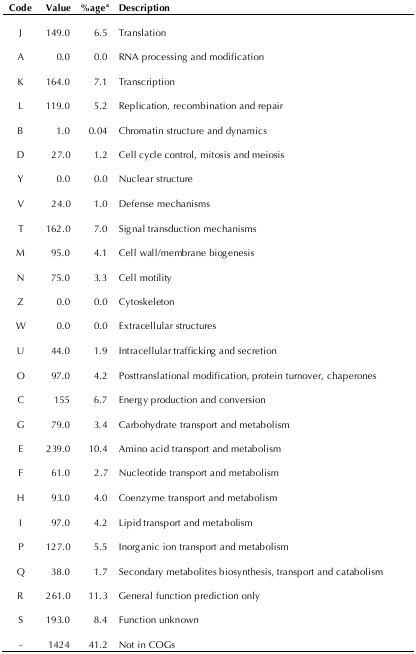
<table><thead><tr><td><b>Code</b></td><td><b>Value</b></td><td><b>%age<sup>a</sup></b></td><td><b>Description</b></td></tr></thead><tbody><tr><td>J</td><td>149.0</td><td>6.5</td><td>Translation</td></tr><tr><td>A</td><td>0.0</td><td>0.0</td><td>RNA processing and modification</td></tr><tr><td>K</td><td>164.0</td><td>7.1</td><td>Transcription</td></tr><tr><td>L</td><td>119.0</td><td>5.2</td><td>Replication, recombination and repair</td></tr><tr><td>B</td><td>1.0</td><td>0.04</td><td>Chromatin structure and dynamics</td></tr><tr><td>D</td><td>27.0</td><td>1.2</td><td>Cell cycle control, mitosis and meiosis</td></tr><tr><td>Y</td><td>0.0</td><td>0.0</td><td>Nuclear structure</td></tr><tr><td>V</td><td>24.0</td><td>1.0</td><td>Defense mechanisms</td></tr><tr><td>T</td><td>162.0</td><td>7.0</td><td>Signal transduction mechanisms</td></tr><tr><td>M</td><td>95.0</td><td>4.1</td><td>Cell wall/membrane biogenesis</td></tr><tr><td>N</td><td>75.0</td><td>3.3</td><td>Cell motility</td></tr><tr><td>Z</td><td>0.0</td><td>0.0</td><td>Cytoskeleton</td></tr><tr><td>W</td><td>0.0</td><td>0.0</td><td>Extracellular structures</td></tr><tr><td>U</td><td>44.0</td><td>1.9</td><td>Intracellular trafficking and secretion</td></tr><tr><td>O</td><td>97.0</td><td>4.2</td><td>Posttranslational modification, protein turnover, chaperones</td></tr><tr><td>C</td><td>155</td><td>6.7</td><td>Energy production and conversion</td></tr><tr><td>G</td><td>79.0</td><td>3.4</td><td>Carbohydrate transport and metabolism</td></tr><tr><td>E</td><td>239.0</td><td>10.4</td><td>Amino acid transport and metabolism</td></tr><tr><td>F</td><td>61.0</td><td>2.7</td><td>Nucleotide transport and metabolism</td></tr><tr><td>H</td><td>93.0</td><td>4.0</td><td>Coenzyme transport and metabolism</td></tr><tr><td>I</td><td>97.0</td><td>4.2</td><td>Lipid transport and metabolism</td></tr><tr><td>P</td><td>127.0</td><td>5.5</td><td>Inorganic ion transport and metabolism</td></tr><tr><td>Q</td><td>38.0</td><td>1.7</td><td>Secondary metabolites biosynthesis, transport and catabolism</td></tr><tr><td>R</td><td>261.0</td><td>11.3</td><td>General function prediction only</td></tr><tr><td>S</td><td>193.0</td><td>8.4</td><td>Function unknown</td></tr><tr><td>-</td><td>1424</td><td>41.2</td><td>Not in COGs</td></tr></tbody></table>